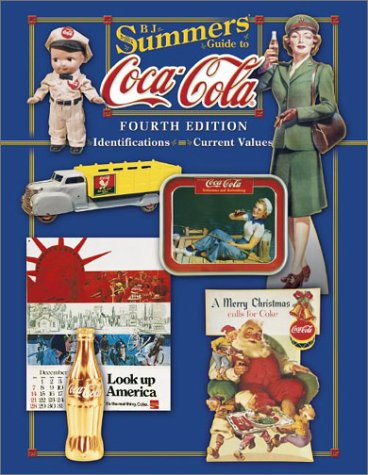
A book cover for B.J. Summers' Guide to Coca-Cola: Identifications, Current Values (B. J. Summers' Guide to Coca-Cola: Identifications, Current Values, Circa Dates); B. J. Summers; Crafts, Hobbies & Home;